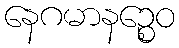
နေဂမာနဉ္စေဝ